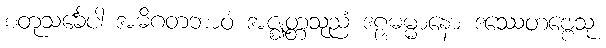
စတုသင်္ခေပါ အဓိဂတဘာဝံ အဇ္ဈတ္တသုညံ ဒဠှဓမ္မာနော ဒဿေတဗ္ဗေသု